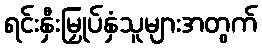
ရင်းနှီးမြှုပ်နှံသူများအတွက်